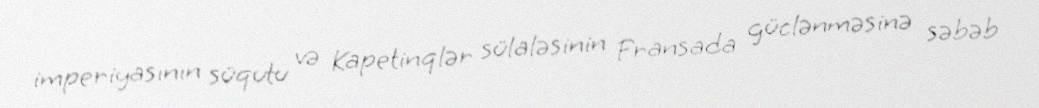
imperiyasının süqutu və Kapetinqlər sülaləsinin Fransada güclənməsinə səbəb